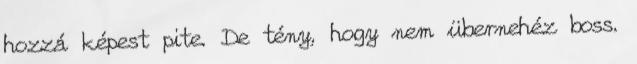
hozzá képest pite. De tény, hogy nem übernehéz boss.